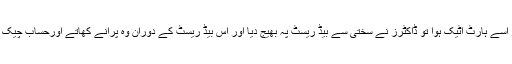
ایک بار اسے ہارٹ اٹیک ہوا تو ڈاکٹرز نے سختی سے بیڈ ریسٹ پہ بھیج دیا اور اس بیڈ ریسٹ کے دوران وہ پرانے کھاتے اورحساب چیک کیاکرتا۔